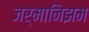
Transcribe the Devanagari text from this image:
जर्मानिझम